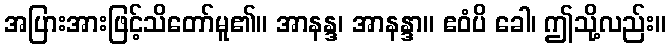
အပြားအားဖြင့်သိတော်မူ၏။ အာနန္ဒ၊ အာနန္ဒာ။ ဧဝံပိ ခေါ၊ ဤသို့လည်း။